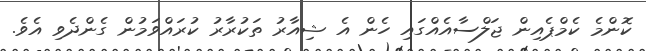
ކޮންމެ ކެމްޕެއިން ޖަލްސާއެއްގައި ހެން އެ ޝިއާރު ތަކުރާރު ކުރައްވަމުން ގެންދެވި އެވެ.